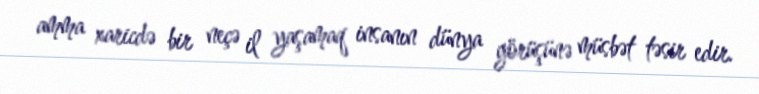
amma xaricdə bir neçə il yaşamaq insanın dünya görüşünə müsbət təsir edir.